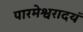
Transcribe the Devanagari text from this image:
पारमेश्वरादयं